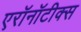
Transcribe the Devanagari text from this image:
एरॉनॉटीक्स